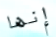
إنها